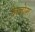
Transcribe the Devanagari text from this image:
हेरजोग